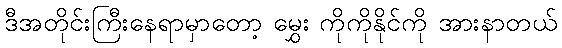
ဒီအတိုင်းကြီးနေရာမှာတော့ မွှေး ကိုကိုနိုင်ကို အားနာတယ်